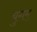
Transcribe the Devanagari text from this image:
युगम्